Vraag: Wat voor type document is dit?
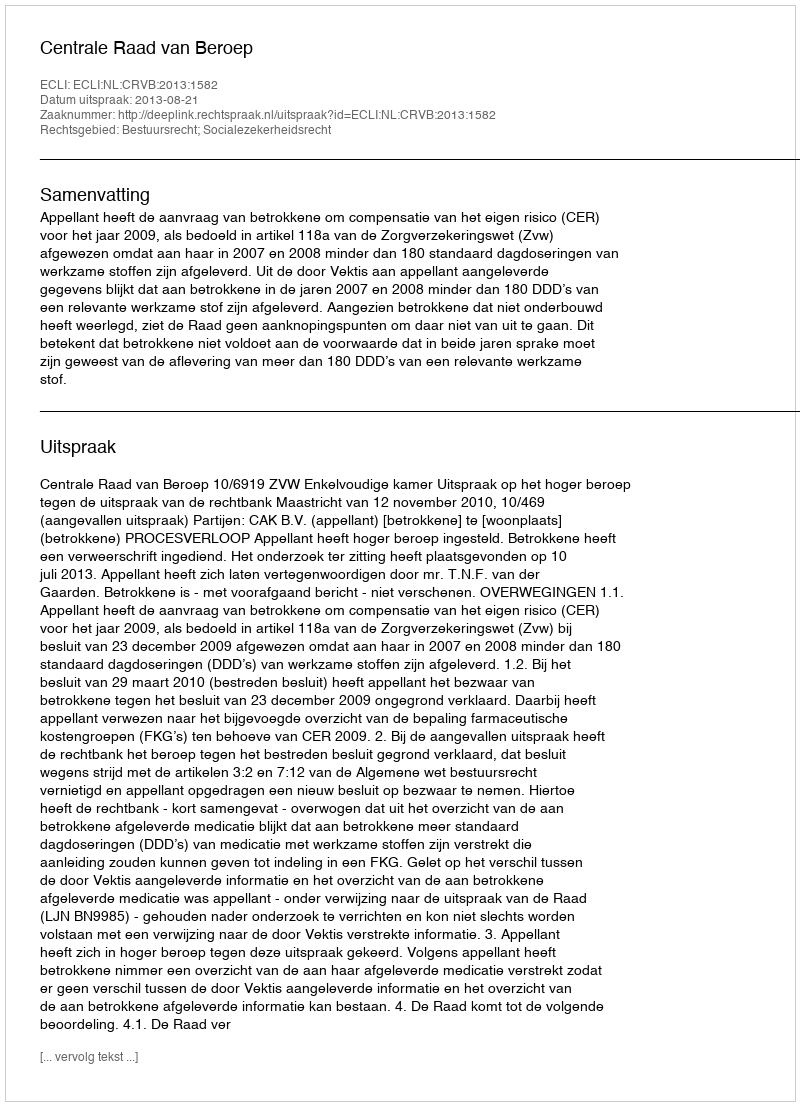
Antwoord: Uitspraak